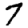
Digit: 7